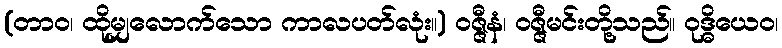
(တာဝ၊ ထိုမျှလောက်သော ကာလပတ်လုံး။) ဝဇ္ဇီနံ၊ ဝဇ္ဇီမင်းတို့သည်။ ဝုဒ္ဓိယေဝ၊